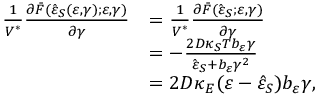
\begin{array} { r l } { \frac { 1 } { V ^ { \ast } } \frac { \partial \bar { F } ( \hat { \varepsilon } _ { S } ( \varepsilon , \gamma ) ; \varepsilon , \gamma ) } { \partial \gamma } } & { = \frac { 1 } { V ^ { \ast } } \frac { \partial \bar { F } ( \hat { \varepsilon } _ { S } ; \varepsilon , \gamma ) } { \partial \gamma } } \\ & { = - \frac { 2 D \kappa _ { S } T b _ { \varepsilon } \gamma } { \hat { \varepsilon } _ { S } + b _ { \varepsilon } \gamma ^ { 2 } } } \\ & { = 2 D \kappa _ { E } ( \varepsilon - \hat { \varepsilon } _ { S } ) b _ { \varepsilon } \gamma , } \end{array}